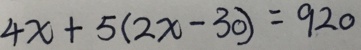
4 x + 5 ( 2 x - 3 0 ) = 9 2 0